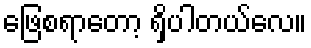
ဖြေစရာတော့ ရှိပါတယ်လေ။